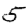
Digit: 5